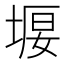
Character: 𡍿